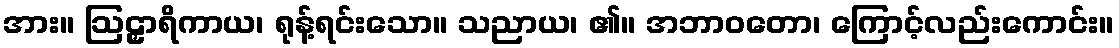
အား။ ဩဠှာရိကာယ၊ ရုန့်ရင်းသော။ သညာယ၊ ၏။ အဘာဝတော၊ ကြောင့်လည်းကောင်း။